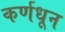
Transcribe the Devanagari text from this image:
कर्णधून